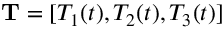
\mathbf { T } = [ T _ { 1 } ( t ) , T _ { 2 } ( t ) , T _ { 3 } ( t ) ]